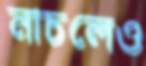
নাচলেও